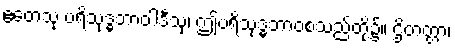
ဧတေသု ပရိသုဒ္ဓဘာဝါဒီသု၊ ဤပရိသုဒ္ဓဘာဝစသည်တို့၌။ ဌိတတ္တာ၊